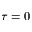
\tau = 0